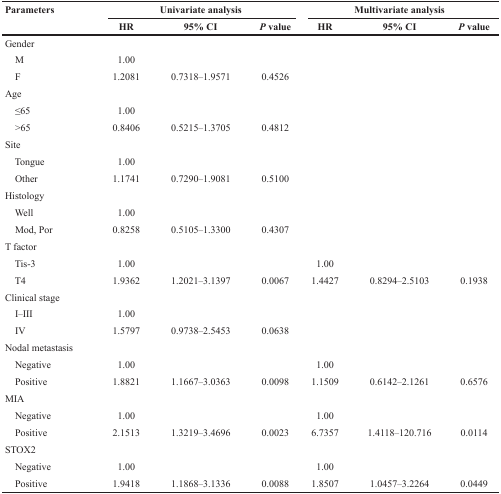
<table><thead><tr><td rowspan="2"><b>Parameters</b></td><td colspan="3"><b>Univariate analysis</b></td><td colspan="3"><b>Multivariate analysis</b></td></tr><tr><td><b>HR</b></td><td><b>95% CI</b></td><td><b><i>P</i> value</b></td><td><b>HR</b></td><td><b>95% CI</b></td><td><b><i>P</i> value</b></td></tr></thead><tbody><tr><td colspan="7">Gender</td></tr><tr><td> M</td><td>1.00</td><td></td><td></td><td></td><td></td><td></td></tr><tr><td> F</td><td>1.2081</td><td>0.7318–1.9571</td><td>0.4526</td><td></td><td></td><td></td></tr><tr><td colspan="7">Age</td></tr><tr><td> ≤65</td><td>1.00</td><td></td><td></td><td></td><td></td><td></td></tr><tr><td> &gt;65</td><td>0.8406</td><td>0.5215–1.3705</td><td>0.4812</td><td></td><td></td><td></td></tr><tr><td colspan="7">Site</td></tr><tr><td> Tongue</td><td>1.00</td><td></td><td></td><td></td><td></td><td></td></tr><tr><td> Other</td><td>1.1741</td><td>0.7290–1.9081</td><td>0.5100</td><td></td><td></td><td></td></tr><tr><td colspan="7">Histology</td></tr><tr><td> Well</td><td>1.00</td><td></td><td></td><td></td><td></td><td></td></tr><tr><td> Mod, Por</td><td>0.8258</td><td>0.5105–1.3300</td><td>0.4307</td><td></td><td></td><td></td></tr><tr><td colspan="7">T factor</td></tr><tr><td> Tis-3</td><td>1.00</td><td></td><td></td><td>1.00</td><td></td><td></td></tr><tr><td> T4</td><td>1.9362</td><td>1.2021–3.1397</td><td>0.0067</td><td>1.4427</td><td>0.8294–2.5103</td><td>0.1938</td></tr><tr><td colspan="7">Clinical stage</td></tr><tr><td> I–III</td><td>1.00</td><td></td><td></td><td></td><td></td><td></td></tr><tr><td> IV</td><td>1.5797</td><td>0.9738–2.5453</td><td>0.0638</td><td></td><td></td><td></td></tr><tr><td colspan="7">Nodal metastasis</td></tr><tr><td> Negative</td><td>1.00</td><td></td><td></td><td>1.00</td><td></td><td></td></tr><tr><td> Positive</td><td>1.8821</td><td>1.1667–3.0363</td><td>0.0098</td><td>1.1509</td><td>0.6142–2.1261</td><td>0.6576</td></tr><tr><td colspan="7">MIA</td></tr><tr><td> Negative</td><td>1.00</td><td></td><td></td><td>1.00</td><td></td><td></td></tr><tr><td> Positive</td><td>2.1513</td><td>1.3219–3.4696</td><td>0.0023</td><td>6.7357</td><td>1.4118–120.716</td><td>0.0114</td></tr><tr><td colspan="7">STOX2</td></tr><tr><td> Negative</td><td>1.00</td><td></td><td></td><td>1.00</td><td></td><td></td></tr><tr><td> Positive</td><td>1.9418</td><td>1.1868–3.1336</td><td>0.0088</td><td>1.8507</td><td>1.0457–3.2264</td><td>0.0449</td></tr></tbody></table>